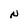
Character: N